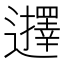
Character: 𮟢